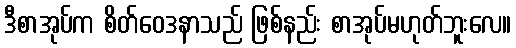
ဒီစာအုပ်က စိတ်ဝေဒနာသည် ဖြစ်နည်း စာအုပ်မဟုတ်ဘူးလေ။